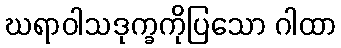
ဃရာဝါသဒုက္ခကိုပြသော ဂါထာ